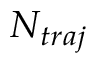
N _ { t r a j }